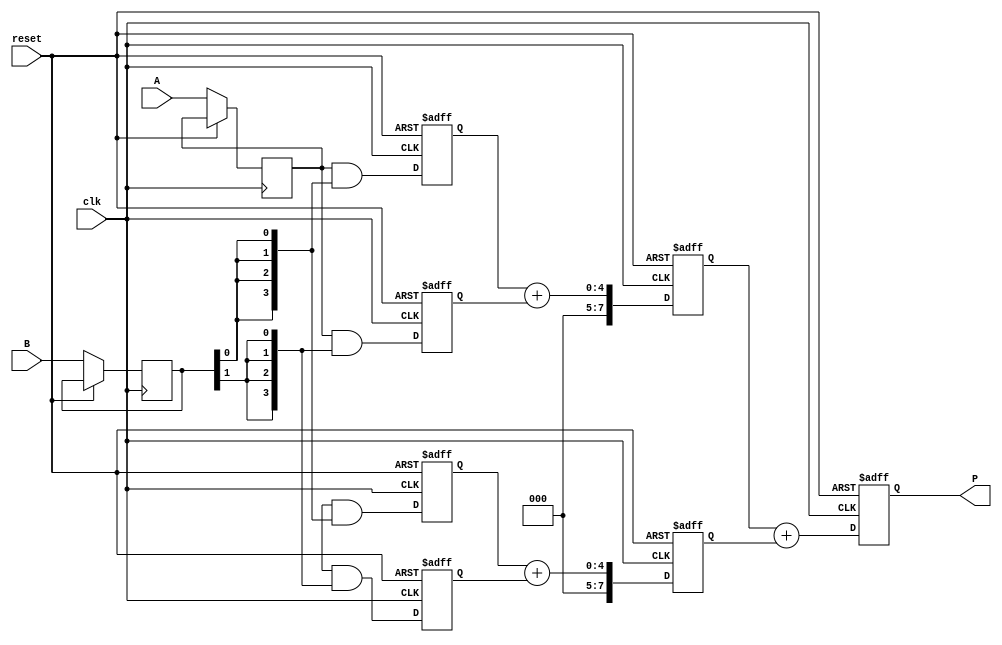
module systolic_multiplier(
    input clk,
    input reset,
    input [3:0] A,    // 4-bit input A
    input [3:0] B,    // 4-bit input B
    output reg [7:0] P // 8-bit output P (max product for 4-bit inputs)
);

    reg [3:0] A_reg[1:0]; // Registers for A
    reg [3:0] B_reg[1:0]; // Registers for B

    // Processing Elements
    reg [3:0] PE[1:0][1:0]; // 2x2 PE array
    reg [7:0] partial_sum[1:0]; // Accumulator for partial sums

    integer i, j;

    always @(posedge clk or posedge reset) begin
        if (reset) begin
            P <= 0;
            for (i = 0; i < 2; i = i + 1) begin
                for (j = 0; j < 2; j = j + 1) begin
                    PE[i][j] <= 0;
                end
            end
            partial_sum[0] <= 0;
            partial_sum[1] <= 0;
        end else begin
            // Load inputs into registers
            A_reg[0] <= A;
            B_reg[0] <= B;

            // Systolic multiplication
            // Row 0
            PE[0][0] <= A_reg[0] & {4{B_reg[0][0]}}; // PE(0,0)
            PE[0][1] <= A_reg[0] & {4{B_reg[0][1]}}; // PE(0,1)

            // Row 1
            PE[1][0] <= A_reg[1] & {4{B_reg[0][0]}}; // PE(1,0)
            PE[1][1] <= A_reg[1] & {4{B_reg[0][1]}}; // PE(1,1)

            // Accumulate results
            partial_sum[0] <= PE[0][0] + PE[0][1];
            partial_sum[1] <= PE[1][0] + PE[1][1];

            // Final output
            P <= partial_sum[0] + partial_sum[1];
        end
    end
endmodule